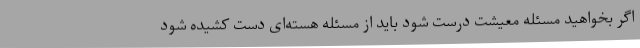
اگر بخواهید مسئله معیشت درست شود باید از مسئله هسته‌ای دست کشیده شود